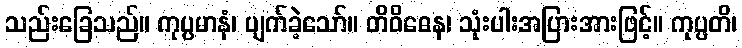
သည်းခြေသည်။ ကုပ္ပမာနံ၊ ပျက်ခဲ့သော်။ တိဝိဓေန၊ သုံးပါးအပြားအားဖြင့်။ ကုပ္ပတိ၊